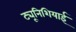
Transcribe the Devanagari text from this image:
ट्यूनिशियाई